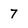
Character: 7